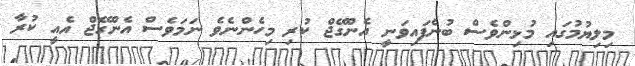
މިލިޔުމުގައި މުޅިންވެސް ބުނެފައިވަނީ އެންގޭޖް ކުރި މިހެންނެވެ ނަމަވެސް އެންގޭޖް އެއީ ކުރާ